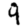
Digit: 9